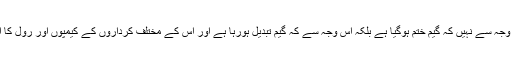
جو کمی آئی ہے وہ اس وجہ سے نہیں کہ گیم ختم ہوگیا ہے بلکہ اس وجہ سے کہ گیم تبدیل ہورہا ہے اور اس کے مختلف کرداروں کے کیمپوں اور رول کا ازسر نو تعین ہورہا ہے۔